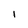
Character: I